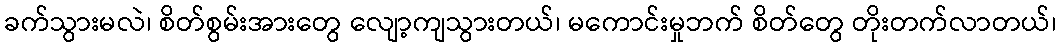
ခက်သွားမလဲ၊ စိတ်စွမ်းအားတွေ လျော့ကျသွားတယ်၊ မကောင်းမှုဘက် စိတ်တွေ တိုးတက်လာတယ်၊